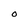
Character: O